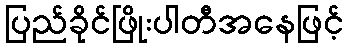
ပြည်ခိုင်ဖြိုးပါတီအနေဖြင့်